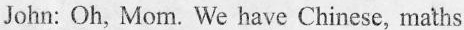
John: Oh, Mom. We have Chinese, maths